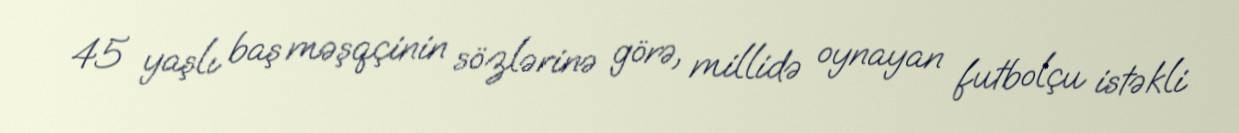
45 yaşlı baş məşqçinin sözlərinə görə, millidə oynayan futbolçu istəkli